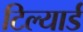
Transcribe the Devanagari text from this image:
टिल्यार्ड